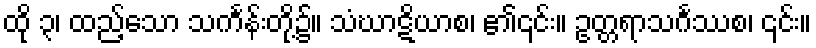
ထို ၃၊ ထည့်သော သင်္ကန်းတို့၌။ သံဃာဋိယာစ၊ ၏၎င်း။ ဥတ္တရာသင်္ဂဿစ၊ ၎င်း။